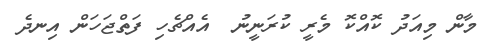
މާން މިއަދު ކޮއްކޮ މެރީ ކުރަނީނު  އެއްޗެހި ފަތްޖަހަން އިނދެ